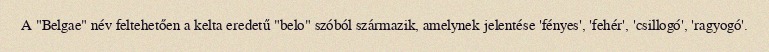
A "Belgae" név feltehetően a kelta eredetű "belo" szóból származik, amelynek jelentése 'fényes', 'fehér', 'csillogó', 'ragyogó'.